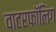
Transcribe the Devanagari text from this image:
वाटरफॉलिंग